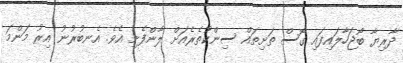
ދާރިޔާ ބޯޖަހާލައިފައި ގޮސް ތަށިތައް ސިންކުތެރެއަށް ލާންފެށި އެވެ. އެނބުރުނު އިރު މަންމަ